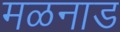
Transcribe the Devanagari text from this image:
मळनाड